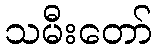
သမီးတော်